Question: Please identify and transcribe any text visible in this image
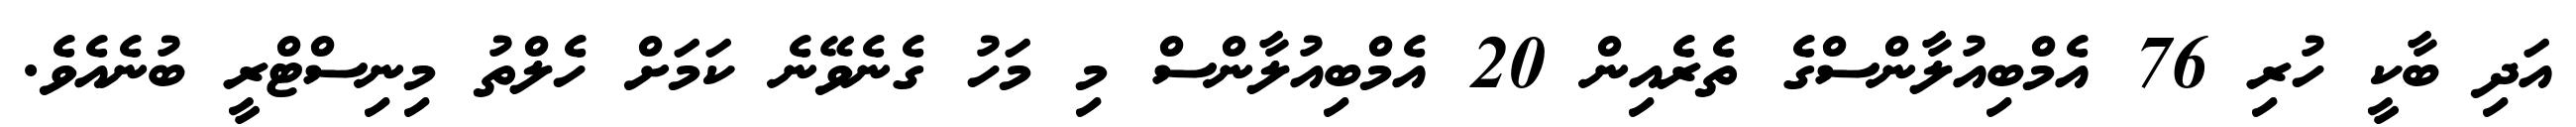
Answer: އަދި ބާކީ ހުރި 76 އެމްބިއުލާންސްގެ ތެރެއިން 20 އެމްބިއުލާންސް މި މަހު ގެނެވޭނެ ކަމަށް ހެލްތު މިނިސްޓްރީ ބުނެއެވެ.